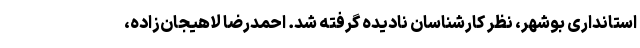
استانداری بوشهر، نظر کارشناسان نادیده گرفته شد. احمدرضا لاهیجان‌زاده،